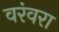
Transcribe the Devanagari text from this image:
वरंवरा